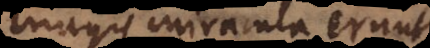
magis miracula erunt